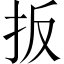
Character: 扳